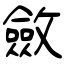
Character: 斂